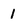
Character: 1